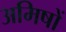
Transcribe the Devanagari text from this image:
अमिषों